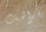
فراشك